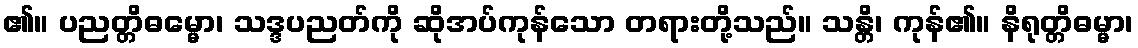
၏။ ပညတ္တိဓမ္မော၊ သဒ္ဒပညတ်ကို ဆိုအပ်ကုန်သော တရားတို့သည်။ သန္တိ၊ ကုန်၏။ နိရုတ္တိဓမ္မာ၊